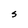
Character: S